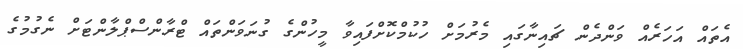
އެތައް އަހަރެއް ވަންދެން ޗައިނާގައި މެރުމަށް ހުކުމްކޮށްފައިވާ މީހުންގެ ގުނަވަންތައް ޓްރާންސްޕްލާންޓަށް ނެގުމުގެ